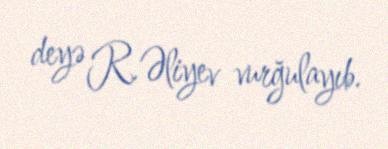
deyə R.Əliyev vurğulayıb.